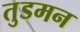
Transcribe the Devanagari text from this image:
तुडमन